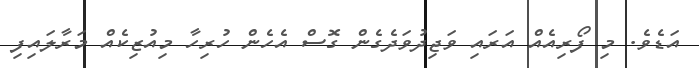
އަޑެވެ. މި ފޯރިއެއް އަރައި ވަޖިދުވަދެގެން ގޮސް އެހެން ހުރިހާ މިއުޒިކެއް މަރާލައިފި